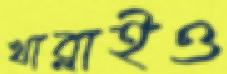
খাব্‌লাইও